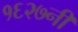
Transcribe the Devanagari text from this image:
१६२७नी